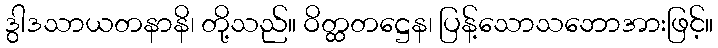
ဒွါဒသာယတနာနိ၊ တို့သည်။ ဝိတ္ထတဋ္ဌေန၊ ပြန့်သောသဘောအားဖြင့်။